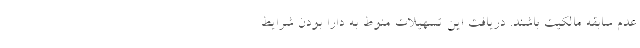
عدم سابقه مالکیت باشند. دریافت این تسهیلات منوط به دارا بودن شرایط